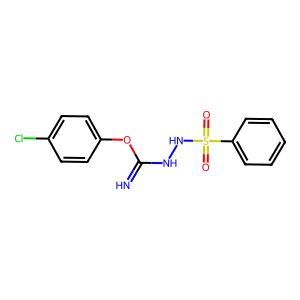
SMILES: N=C(NNS(=O)(=O)c1ccccc1)Oc1ccc(Cl)cc1
Inhibits HIV replication: No